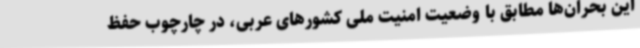
این بحران‌ها مطابق با وضعیت امنیت ملی کشورهای عربی، در چارچوب حفظ